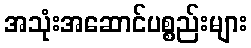
အသုံးအဆောင်ပစ္စည်းများ